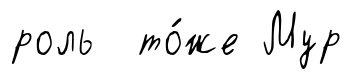
роль то́же Мур